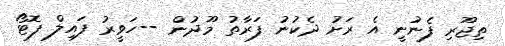
ތިޖޫރި ފެނުނީ އެ ރަށު ދެކުނު ފަރާތު މޫދުން --ހަވީރު ފައިލް ފޮޓޯ